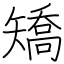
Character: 矯